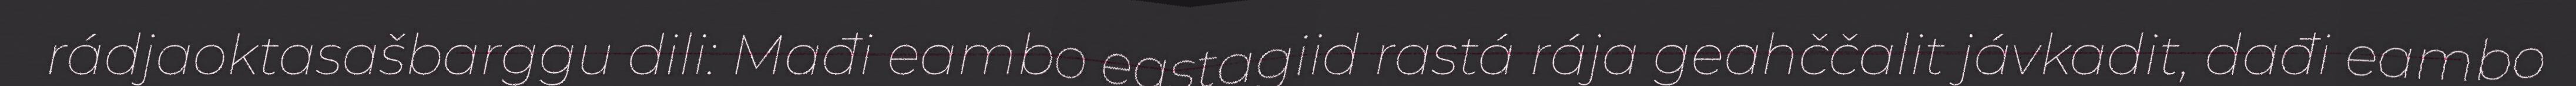
rádjaoktasašbarggu dili: Mađi eambo eastagiid rastá rája geahččalit jávkadit, dađi eambo